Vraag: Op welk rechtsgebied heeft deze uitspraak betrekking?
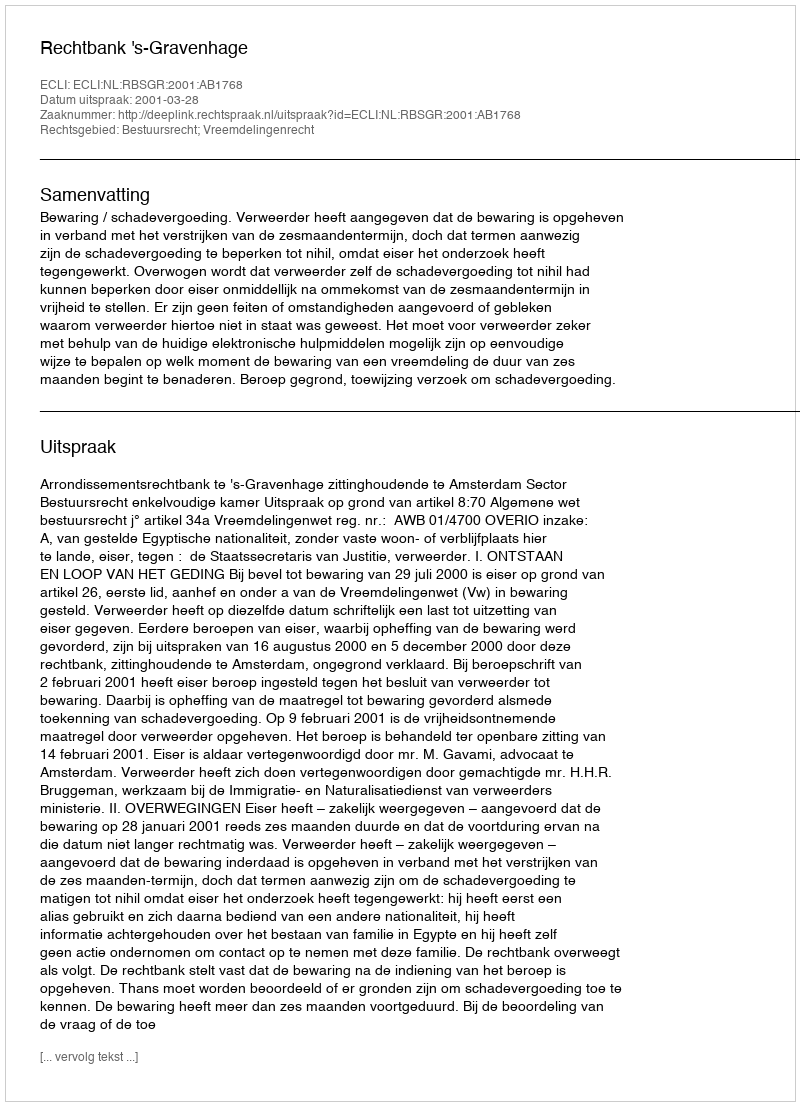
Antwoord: Bestuursrecht; Vreemdelingenrecht